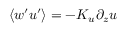
\langle w ^ { \prime } u ^ { \prime } \rangle = - K _ { u } \partial _ { z } u